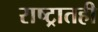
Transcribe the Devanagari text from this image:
राष्ट्रातही